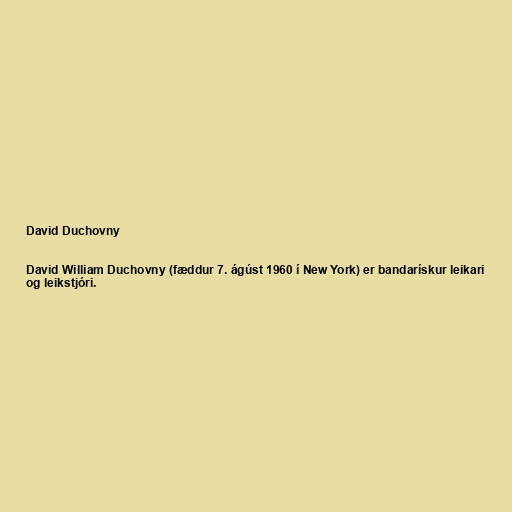
David Duchovny

David William Duchovny (fæddur 7. ágúst 1960 í New York) er bandarískur leikari
og leikstjóri.